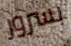
بسرور